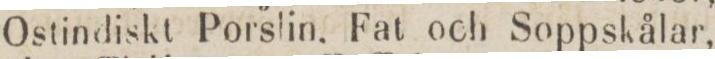
Ostindiskt Porslin. Fat och Soppskålar,